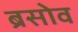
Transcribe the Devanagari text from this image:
ब्रसोव